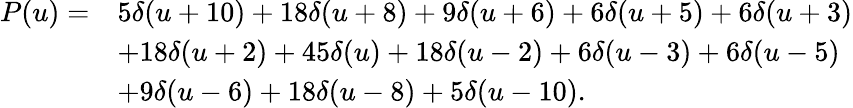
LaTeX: {\begin{array}{rl}{P(u)=}&{5\delta(u+10)+18\delta(u+8)+9\delta(u+6)+6\delta(u+5)+6\delta(u+3)}\\ &{+18\delta(u+2)+45\delta(u)+18\delta(u-2)+6\delta(u-3)+6\delta(u-5)}\\ &{+9\delta(u-6)+18\delta(u-8)+5\delta(u-10).}\end{array}}